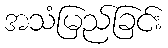
အသံမြည်ခြင်း